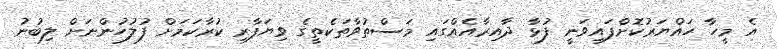
އެ މީހާ ހައްޔަރުކޮށްފައިވަނީ ފުޅާ ދާއިރާއެއްގައި މަސްތުވާތަކެތީގެ ވިޔަފާރި ކުރާކަމަށް ފުލުހުންނަށް ލިބުނު